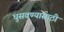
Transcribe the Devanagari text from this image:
घुसवण्यासाठी